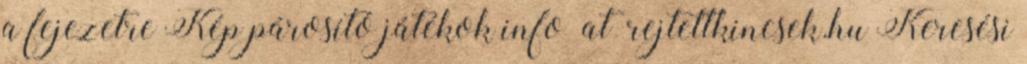
a fejezetre Kép párosító játékok info at rejtettkincsek.hu Keresési